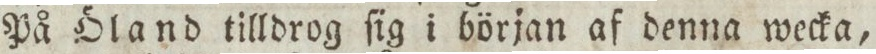
På Öland tilldrog ſig i början af denna wecka,